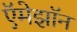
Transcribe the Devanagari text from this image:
ऍमेझॉन